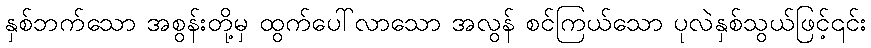
နှစ်ဘက်သော အစွန်းတို့မှ ထွက်ပေါ်လာသော အလွန် စင်ကြယ်သော ပုလဲနှစ်သွယ်ဖြင့်၎င်း